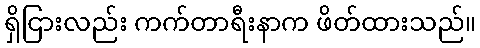
ရှိငြားလည်း ကက်တာရီးနာက ဖိတ်ထားသည်။